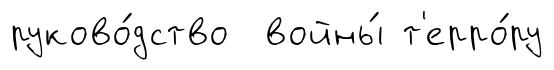
руково́дство войны́ т'ерро́ру